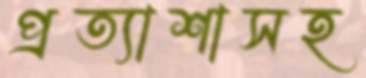
প্রত্যাশাসহ